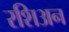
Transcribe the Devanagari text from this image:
रशिअन